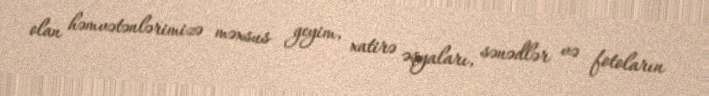
olan həmvətənlərimizə məxsus geyim, xatirə əşyaları, sənədlər və fotoların